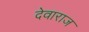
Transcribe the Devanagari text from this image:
देवाराज